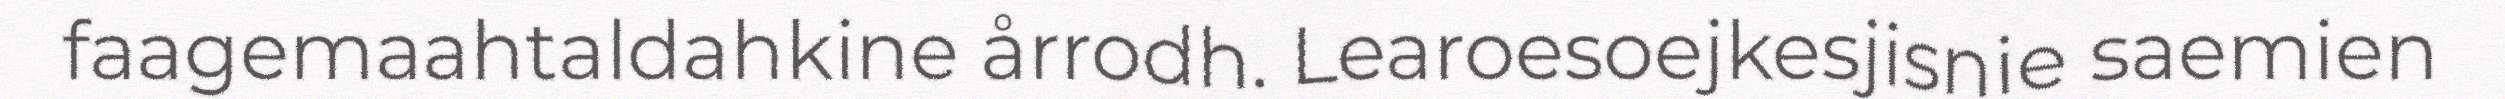
faagemaahtaldahkine årrodh. Learoesoejkesjisnie saemien